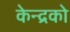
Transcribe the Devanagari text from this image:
केन्द्रको